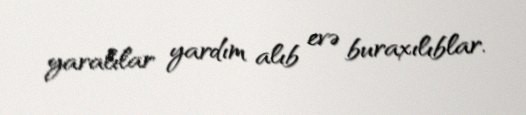
yaralılar yardım alıb evə buraxılıblar.